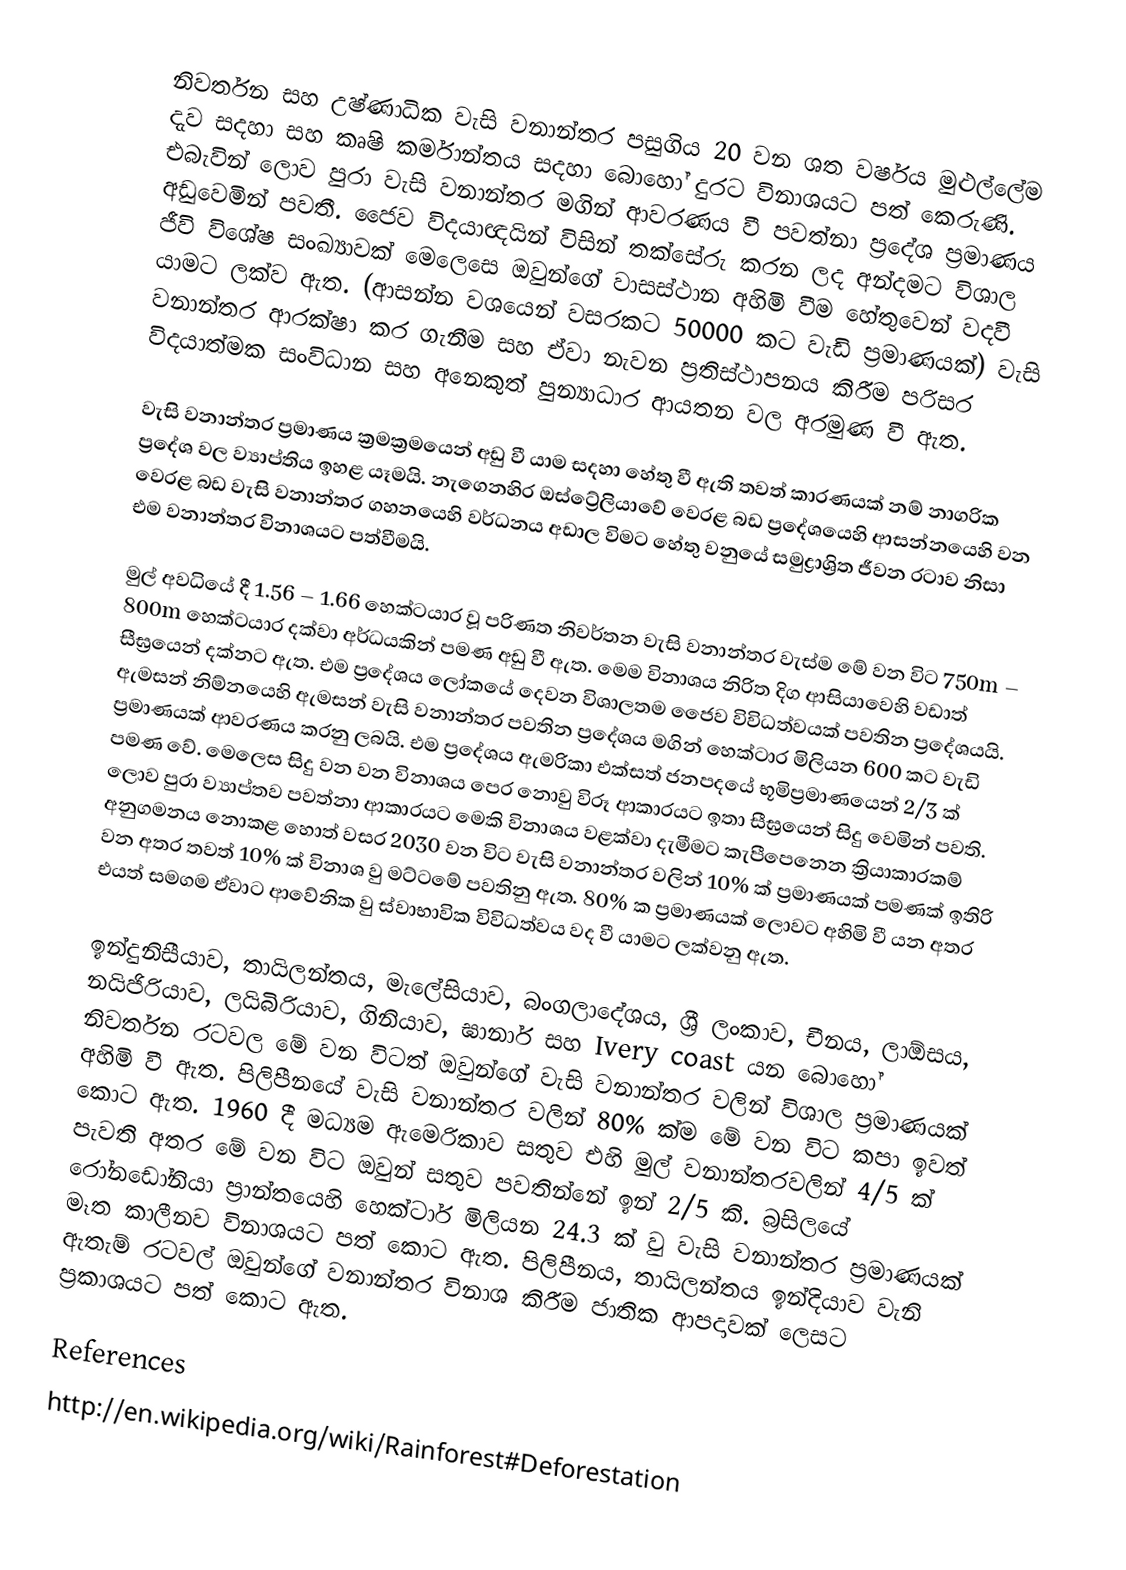
නිවර්තන සහ උෂ්ණාධික වැසි වනාන්තර පසුගිය 20 වන ශත වර්ෂය මුළුල්ලේම දැව සදහා සහ කෘෂි කර්මාන්තය සදහා‍ බොහෝ දුරට විනාශයට පත් කෙරුණි. එබැවින් ලොව පුරා වැසි වනාන්තර මගින් ආවරණය වී පවත්නා ප්‍රදේශ ප්‍රමාණය අඩුවෙමින් පවතී. ජෛව විදයාඥයින් විසින් තක්සේරු කරන ලද අන්දමට විශාල ජීවි විශේෂ සංඛ්‍යාවක් මෙලෙසෙ ඔවුන්ගේ වාසස්ථාන අහිමි වීම හේතුවෙන් වදවී යාමට ලක්ව ඇත. (ආසන්න වශයෙන් වසරකට 50000 කට වැඩි ප්‍රමාණයක්) වැසි වනාන්තර ආරක්ෂා කර ගැනීම සහ ඒවා නැවන ප්‍රතිස්ථාපනය කිරීම පරිසර විදයාත්මක සංවිධාන සහ අනෙකුත් පුන්‍යාධාර ආයතන වල අරමුණ වී ඇත.

වැසි වනාන්තර ප්‍රමාණය ක්‍රමක්‍රමයෙන් අඩු වී යාම සදහා හේතු වී ඇති තවත් කාරණයක් නම් නාගරික ප්‍රදේශ වල ව්‍යාප්තිය ඉහළ යෑමයි. නැගෙනහිර ඔස්ට්‍රේලියාවේ වෙරළ බඩ ප්‍රදේශයෙහි ආසන්නයෙහි වන වෙරළ බඩ වැසි වනාන්තර ගහනයෙහි වර්ධනය අඩාල විමට හේතු වනුයේ සමුද්‍රාශ්‍රිත ජීවන රටාව නිසා එම වනාන්තර විනාශයට පත්වීමයි.

මුල් අවධියේ දී 1.56 – 1.66 හෙක්ටයාර වූ පරිණත නිවර්තන වැසි වනාන්තර වැස්ම මේ වන විට 750m – 800m හෙක්ටයාර දක්වා අර්ධයකින් පමණ අඩු වී ඇත. මෙම විනාශය නිරිත දිග ආසියාවෙහි වඩාත් සීඝ්‍රයෙන් දක්න‍ට ඇත. එම ප්‍රදේශය ලො‍්කයේ දෙවන විශාලතම ජෛව විවිධත්වයක් පවතින ප්‍රදේශයයි. ඇමසන් නිම්නයෙහි ඇමසන් වැසි වනාන්තර පවතින ප්‍රදේශය මගින් හෙක්ටාර මිලියන 600 කට වැඩි ප්‍රමාණයක් ආවරණය කරනු ලබයි. එම ‍ප්‍රදේශය ඇමරිකා එක්සත් ජනපදයේ භූමිප්‍රමාණයෙන් 2/3 ක් පමණ වේ. මෙලෙස සිදු වන වන විනාශය පෙර නොවු විරූ ආකාරයට ඉතා සීඝ්‍රයෙන් සිදු වෙමින් පවති. ලොව පුරා ව්‍යාප්තව පවත්නා ආකාරයට මෙකි විනාශය වළක්වා දැමීමට කැපීපෙනෙන ක්‍රියාකාරකම් අනුගමනය නොකළ හොත් වසර 2030 වන විට  වැසි වනාන්තර වලින් 10% ක් ප්‍රමාණයක් පමණක් ඉතිරි වන අතර තවත් 10% ක් විනාශ වු මට්ටමේ පවතිනු ඇත. 80% ක ප්‍රමාණයක් ලොවට අහිමි වී යන අතර එයත් සමගම ඒවාට ආවේනික වු ස්වාභාවික විවිධත්වය වද වී යාමට ලක්වන‍ු ඇත.

ඉන්දුනිසීයාව, තායිලන්තය, මැලේසියාව, බංගලාදේශය, ශ්‍රී ලංකාව, චීනය, ලාඕසය, නයිජිරියාව, ලයිබිරියාව, ගිනියාව, ඝානාර් සහ Ivery coast යන බොහෝ නිවර්තන රටවල මේ වන විටත් ඔවුන්ගේ වැසි වනාන්තර වලින් විශාල ප්‍රමාණයක් අහිමි වී ඇත. පිලිපීනයේ වැසි වනාන්තර වලින් 80% ක්ම මේ වන විට කපා ඉවත් කොට ඇත. 1960 දී මධ්‍යම ඇමෙරිකාව සතුව එහි මුල් වනාන්තරවලින් 4/5 ක් පැවති අතර මේ වන විට ඔවුන් සතුව පවතින්නේ ඉන් 2/5 කි. බ්‍රසිලයේ රෝනඩෝනියා ප්‍රාන්තයෙහි හෙක්ටාර් මිලියන 24.3 ක් වු වැසි වනාන්තර ප්‍රමාණයක් මෑත කාලීනව විනාශයට පත් කොට ඇත. පිලිපීනය, තායිලන්තය ඉන්දියාව වැනි ඇතැම් රටවල් ඔවුන්ගේ වනාන්තර විනාශ කිරීම ජාතික ආපදාවක් ලෙසට ප්‍රකාශයට පත් කොට ඇත.

References
http://en.wikipedia.org/wiki/Rainforest#Deforestation